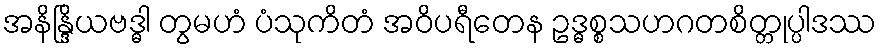
အနိန္ဒြိယဗဒ္ဓါ တွမဟံ ပံသုကိတံ အဝိပရီတေန ဥဒ္ဓစ္စသဟဂတစိတ္တုပ္ပါဒဿ